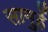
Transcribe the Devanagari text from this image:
सामुहें